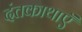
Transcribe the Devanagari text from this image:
दंतकाथाएँ